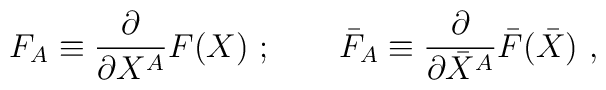
F_A \equiv \frac{\partial}{\partial X^A} F(X)\ ; \qquad\bar F_A \equiv \frac{\partial}{\partial \bar X^A} \bar F(\bar X)\ ,